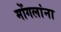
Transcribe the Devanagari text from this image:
मोंगलांना